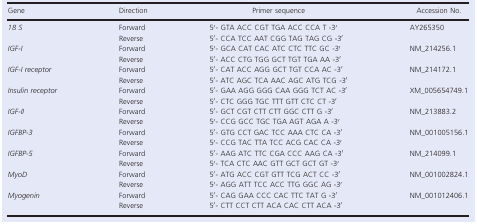
| Gene | Direction | Primer sequence | Accession No. |
 | --- | --- | --- | --- |
 | <ROWSPAN=2> 18 S | Forward | 5′‐ GTA ACC CGT TGA ACC CCA T ‐3′ | AY265350 |
 | Reverse | 5′‐ CCA TCC AAT CGG TAG TAG CG ‐3′ |  |
 | <ROWSPAN=2> IGF‐I | Forward | 5′‐ GCA CAT CAC ATC CTC TTC GC ‐3′ | NM_214256.1 |
 | Reverse | 5′‐ ACC CTG TGG GCT TGT TGA AA ‐3′ |  |
 | <ROWSPAN=2> IGF‐I receptor | Forward | 5′‐ CAT ACC AGG GCT TGT CCA AC ‐3′ | NM_214172.1 |
 | Reverse | 5′‐ ATC AGC TCA AAC AGC ATG TCG ‐3′ |  |
 | <ROWSPAN=2> Insulin receptor | Forward | 5′‐ GAA AGG GGG CAA GGG TCT AC ‐3′ | XM_005654749.1 |
 | Reverse | 5′‐ CTC GGG TGC TTT GTT CTC CT ‐3′ |  |
 | <ROWSPAN=2> IGF‐II | Forward | 5′‐ GCT CGT CTT CTT GGC CTT G ‐3′ | NM_213883.2 |
 | Reverse | 5′‐ CCG GCC TGC TGA AGT AGA A ‐3′ |  |
 | <ROWSPAN=2> IGFBP‐3 | Forward | 5′‐ GTG CCT GAC TCC AAA CTC CA ‐3′ | NM_001005156.1 |
 | Reverse | 5′‐ CCG TAC TTA TCC ACG CAC CA ‐3′ |  |
 | <ROWSPAN=2> IGFBP‐5 | Forward | 5′‐ AAG ATC TTC CGA CCC AAG CA ‐3′ | NM_214099.1 |
 | Reverse | 5′‐ TCA CTC AAC GTT GCT GCT GT ‐3′ |  |
 | <ROWSPAN=2> MyoD | Forward | 5′‐ ATG ACC CGT GTT TCG ACT CC ‐3′ | NM_001002824.1 |
 | Reverse | 5′‐ AGG ATT TCC ACC TTG GGC AG ‐3′ |  |
 | <ROWSPAN=2> Myogenin | Forward | 5′‐ CAG GAA CCC CAC TTC TAT G ‐3′ | NM_001012406.1 |
 | Reverse | 5′‐ CTT CCT CTT ACA CAC CTT ACA ‐3′ |  |